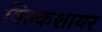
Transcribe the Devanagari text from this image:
विल्कशायर